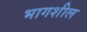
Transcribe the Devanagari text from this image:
भागशील